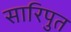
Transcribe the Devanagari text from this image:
सारिपुत